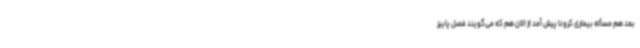
بعد هم مسأله بیماری کرونا پیش آمد از الان هم که می‌گویند فصل پاییز